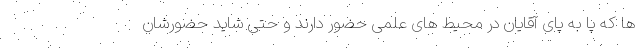
ها که پا به پای آقایان در محیط های علمی حضور دارند و حتی شاید حضورشان